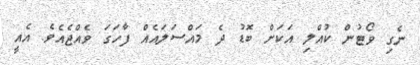
ނެގި ވޯޓުން ކުއްލި އަކަށް ބޮޑު ދެ މައްސަލައެއް ފާހަގަ ވެއްޖެއެވެ. އެއީ